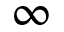
\infty